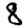
Digit: 8